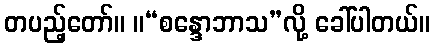
တပည့်တော်။ ။“စန္ဒောဘာသ”လို့ ခေါ်ပါတယ်။